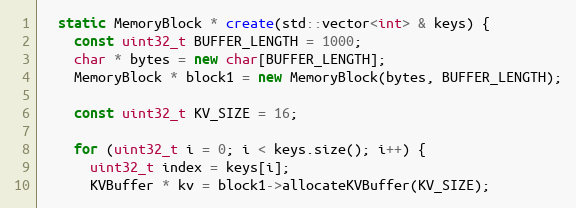
Language: C++
  static MemoryBlock * create(std::vector<int> & keys) {
    const uint32_t BUFFER_LENGTH = 1000;
    char * bytes = new char[BUFFER_LENGTH];
    MemoryBlock * block1 = new MemoryBlock(bytes, BUFFER_LENGTH);

    const uint32_t KV_SIZE = 16;

    for (uint32_t i = 0; i < keys.size(); i++) {
      uint32_t index = keys[i];
      KVBuffer * kv = block1->allocateKVBuffer(KV_SIZE);